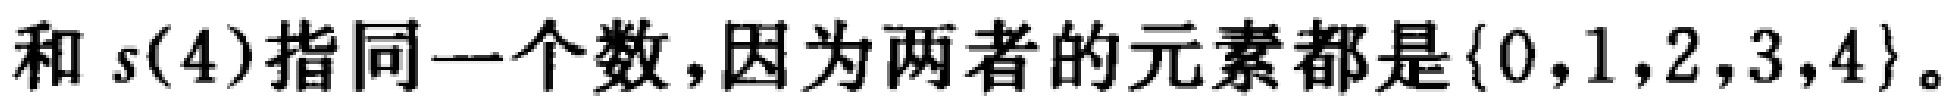
和 \(s(4)\) 指同一个数,因为两者的元素都是\(\{0,1,2,3,4\}\)。